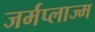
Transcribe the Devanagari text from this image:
जर्मप्लाज्म